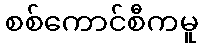
စစ်ကောင်စီကမူ